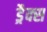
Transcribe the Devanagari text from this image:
ड्रैक्स